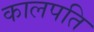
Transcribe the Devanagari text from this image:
कालपति